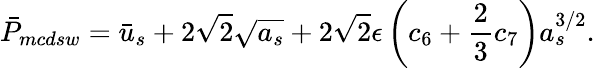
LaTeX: \bar{P}_{mcdsw}=\bar{u}_{s}+2\sqrt{2}\sqrt{a_{s}}+2\sqrt{2}\epsilon\left(c_{6}+\frac{2}{3}c_{7}\right)a_{s}^{3/2}.